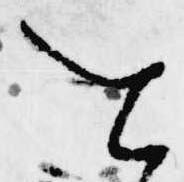
を